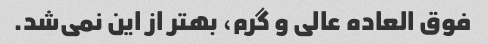
فوق العاده عالی و گرم، بهتر از این نمی‌شد.